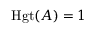
\operatorname { H g t } ( A ) = 1